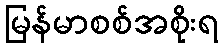
မြန်မာစစ်အစိုးရ